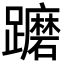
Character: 𨇢